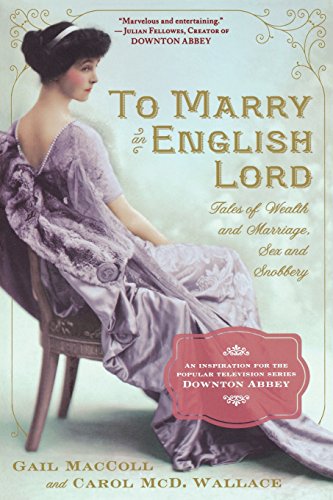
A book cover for To Marry an English Lord: Tales of Wealth and Marriage, Sex and Snobbery; Gail MacColl; History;